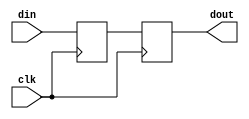
module synchronizer#(
    parameter DELAY_NUM =2,
    parameter DATA_WIDTH = 1
)(
    input        clk,
    input [DATA_WIDTH-1:0] din,
    output[DATA_WIDTH-1:0] dout
);
reg  [DATA_WIDTH-1:0] data [0:DELAY_NUM-1];
always @ (posedge clk)
begin
    data[0] <= din ;            
end

genvar i;
generate 
    for (i=1; i < DELAY_NUM; i=i+1)
    begin:LOOP
        always @ (posedge clk)
        begin
            data[i] <= data[i-1] ;            
        end
    end
endgenerate

assign dout = data[DELAY_NUM-1];

endmodule